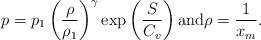
LaTeX: \begin{align*}p=p_1\left(\frac{\rho}{\rho_1}\right)^\gamma \exp\left(\frac{S}{C_v}\right)\hbox{and}\rho=\frac{1}{x_m}. \end{align*}